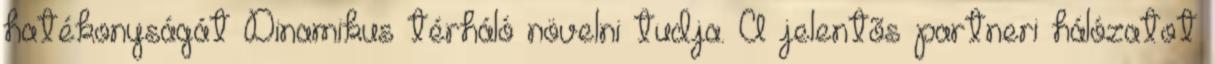
hatékonyságát Dinamikus térháló növelni tudja. A jelentõs partneri hálózatot